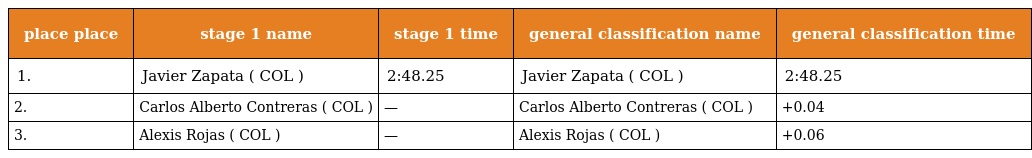
| place place | stage 1 name | stage 1 time | general classification name | general classification time |
 | --- | --- | --- | --- | --- |
 | 1. | Javier Zapata ( COL ) | 2:48.25 | Javier Zapata ( COL ) | 2:48.25 |
 | 2. | Carlos Alberto Contreras ( COL ) | — | Carlos Alberto Contreras ( COL ) | +0.04 |
 | 3. | Alexis Rojas ( COL ) | — | Alexis Rojas ( COL ) | +0.06 |